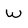
Character: W